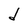
Character: d